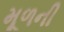
મૂળની